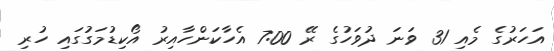
އަހަރުގެ މެއި 31 ވަނަ ދުވަހުގެ ރޭ 7:00 އެހާކަންހާއިރު އޯކިޑުމަގުގައި ހުރި